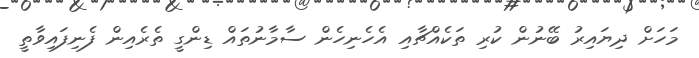
މަހަށް ދިޔައިރު ބޭނުން ކުރި ތަކެއްޗާއި އެހެނިހެން ސާމާނުތައް ޑިންގީ ތެރެއިން ފެނިފައިވާތީ